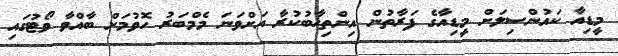
މީޑިއާ ކައުންސިލަށް މީޑިއާގެ ފަރާތުން އިންތިޚާބުކުރާ އަށްވަނަ މެމްބަރު ހޮވުމަށް ބާއްވާ ވޯޓުގައި